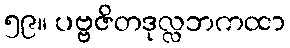
၅၉။ ပဗ္ဗဇိတဒုလ္လဘကထာ